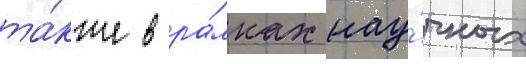
та́кже в ра́мках нау́чных